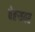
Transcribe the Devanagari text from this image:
चेहर्‍यवर